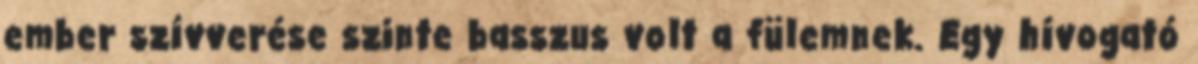
ember szívverése szinte basszus volt a fülemnek. Egy hívogató